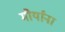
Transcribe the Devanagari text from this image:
मौर्यांना